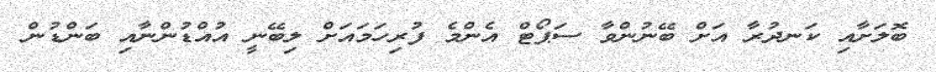
ބޮލަށާއި ކަނދުރާ އަށް ބޭނުންވާ ސަޕޯޓް އެންމެ ފުރިހަމައަށް ލިބޭނީ އުއްޑުންނާއި ބަންޑުން